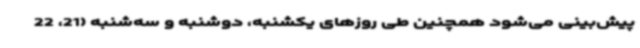
پیش‌بینی می‌شود همچنین طی روزهای یکشنبه، دوشنبه و سه‌شنبه (21، 22